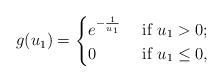
LaTeX: \begin{align*}g(u_1)=\begin{cases} e^{-\frac{1}{u_1}} &\mbox{ if } u_1>0 ;\\0 &\mbox{ if } u_1\leq 0,\end{cases}\end{align*}